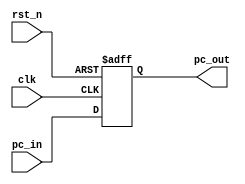
// UCA 2010
//=========================================================
// Programer counter
//=========================================================

module PC(
    clk,
    rst_n,
    pc_in,
    pc_out
);

// Interface
input           clk;
input           rst_n;
input   [31:0]  pc_in;
output  [31:0]  pc_out;

// Wire/Reg
reg     [31:0]  pc_out;

always @(posedge clk or negedge rst_n)
begin
    if (~rst_n)
    begin
        pc_out <= 32'b0;
    end
    else
    begin
        pc_out <= pc_in;
    end
end

endmodule